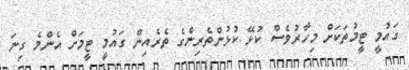
ގައުމީ ޓީމުތަކަށް މިހާރުވެސް ކުޅޭ ކުޅުންތެރިންގެ ތެރެއިން ގައުމީ ޓީމަށް އެންމެ ގިނަ